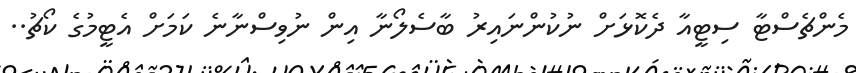
މެންޗެސްޓާ ސިޓީއާ ދެކޮޅަށް ނުކުންނައިރު ބާސެލޯނާ އިން ނުވިސްނާނެ ކަމަށް އެޓީމުގެ ކޯޗު..